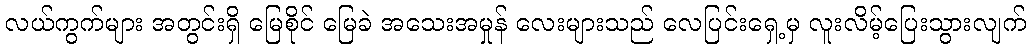
လယ်ကွက်များ အတွင်းရှိ မြေစိုင် မြေခဲ အသေးအမှုန် လေးများသည် လေပြင်းရှေ့မှ လူးလိမ့်ပြေးသွားလျက်